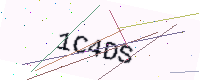
Text: 1C4DS